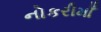
નોકરીમાઁ